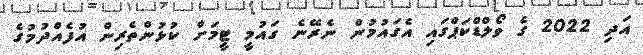
އަދި 2022 ގެ ވޯލްޑްކަޕްގައި އެގައުމުން ނެރޭނެ ގައުމީ ޓީމަށް ކުޅުންތެރިން އުފެއްދުމުގެ